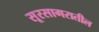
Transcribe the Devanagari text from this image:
सूरसागरातील